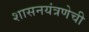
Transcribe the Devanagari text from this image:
शासनयंत्रणेची